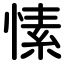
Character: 愫